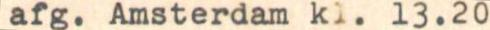
afg. Amsterdam kl. 13.20